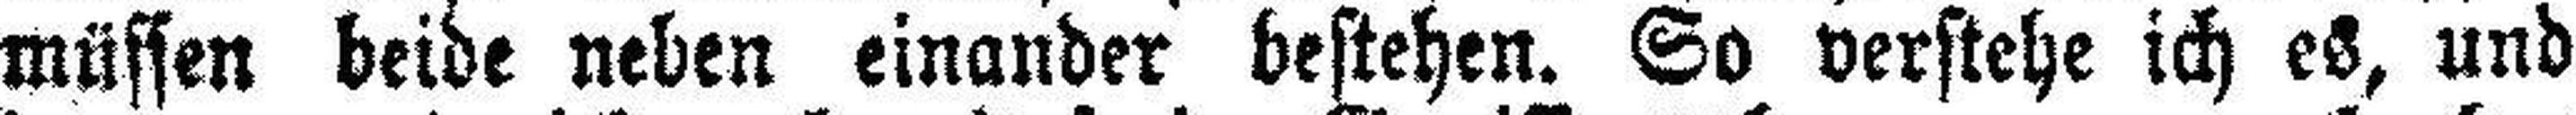
müssen beide neben einander bestehen. So verstehe ich es, und